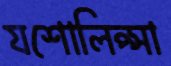
যশোলিপ্সা